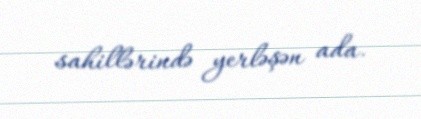
sahillərində yerləşən ada.